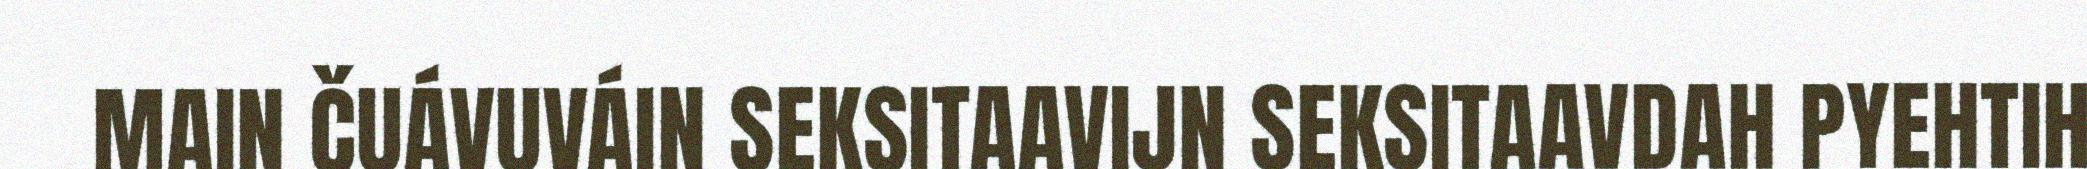
MAIN ČUÁVUVÁIN SEKSITAAVIJN SEKSITAAVDAH PYEHTIH